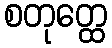
စတုတ္ထေ